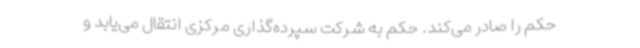
حکم را صادر می‌کند. حکم به شرکت سپرده‌گذاری مرکزی انتقال می‌یابد و